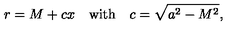
r = M + c x \quad \mathrm { w i t h } \quad c = \sqrt { a ^ { 2 } - M ^ { 2 } } ,